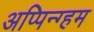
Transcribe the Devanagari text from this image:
अप्पिन्ग्हम